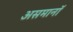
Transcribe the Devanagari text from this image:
असमानॉ